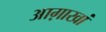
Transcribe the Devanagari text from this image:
आग़ाखां